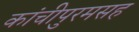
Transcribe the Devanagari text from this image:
कांचीपुरमसह